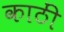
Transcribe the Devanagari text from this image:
काठीं